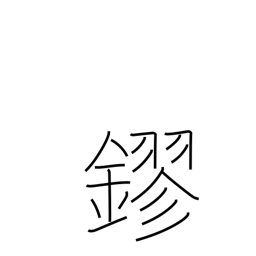
Meaning: gold